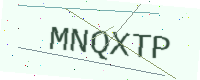
Text: MNQXTP